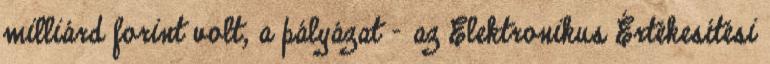
milliárd forint volt, a pályázat - az Elektronikus Értékesítési